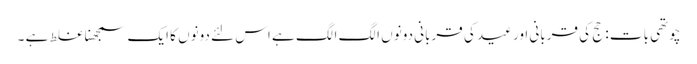
چوتھی بات : حج کی قربانی اور عید کی قربانی دونوں الگ الگ ہے اس لئے دونوں کا ایک سمجھنا غلط ہے ۔